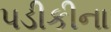
પડીકીના